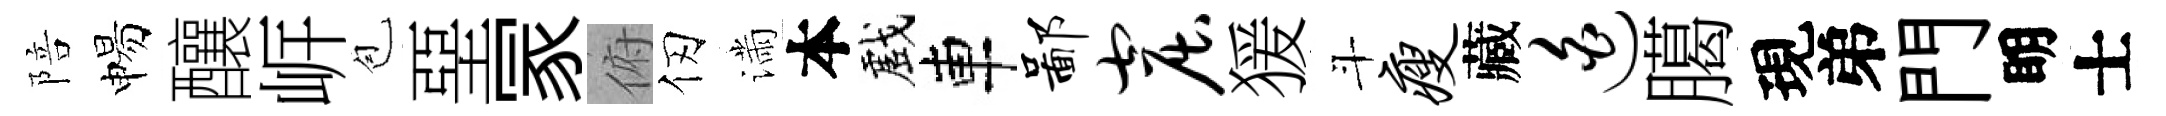
陪惕釀㟁苞堊冡俯仞滿本戲車鄙窟猨斗瘦藏迫臈現弟門眀士